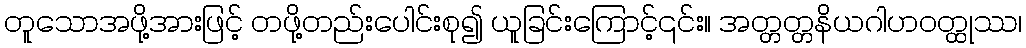
တူသောအဖို့အားဖြင့် တဖို့တည်းပေါင်းစု၍ ယူခြင်းကြောင့်၎င်း။ အတ္တတ္တနိယဂါဟဝတ္ထုဿ၊